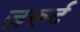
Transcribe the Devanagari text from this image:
ज़रूर्ट